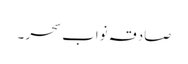
صادقہ نواب سحر ۔